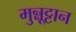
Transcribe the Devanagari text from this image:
मुन्नूट्टान